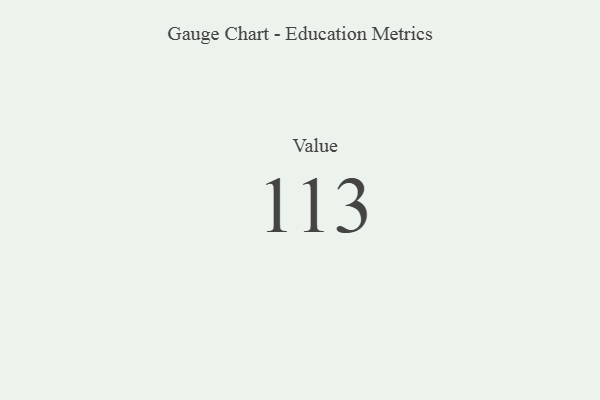
{"axis": {"x": "Metric", "y": "Value"}, "legend": [""], "data": [{"x": "Value", "y": 113, "type": ""}]}